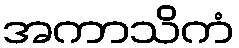
အကာသိကံ